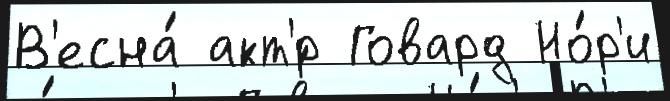
В'есна́ акт'́р Говард Но́р'и